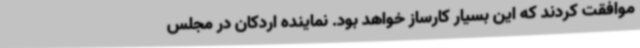
موافقت کردند که این بسیار کارساز خواهد بود. نماینده اردکان در مجلس